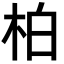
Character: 柏